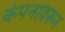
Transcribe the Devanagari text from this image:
कंपनावरून